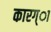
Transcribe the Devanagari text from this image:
कारग्ा